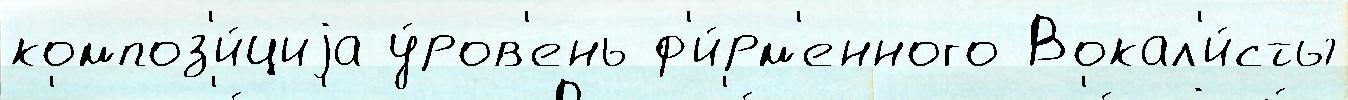
композ'и́циjа у́ров'ень ф'и́рм'енного Вокал'и́сты